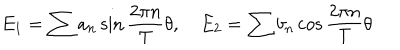
LaTeX: E _ { 1 } = \sum { a _ { n } } \sin \frac { 2 \pi n } { T } \theta , \quad E _ { 2 } = \sum { b _ { n } } \cos \frac { 2 \pi n } { T } \theta